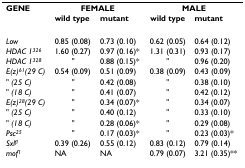
| GENE | <COLSPAN=2> FEMALE | <COLSPAN=2> MALE |
 |  | wild type | mutant | wild type | mutant |
 | --- | --- | --- | --- | --- |
 | Low | 0.85 (0.08) | 0.73 (0.10) | 0.62 (0.05) | 0.64 (0.12) |
 | HDAC 1326 | 1.60 (0.27) | 0.97 (0.16)* | 1.31 (0.31) | 0.93 (0.17) |
 | HDAC 1328 | " | 0.88 (0.15)* | " | 0.96 (0.20) |
 | E(z)61(29 C) | 0.54 (0.09) | 0.51 (0.09) | 0.38 (0.09) | 0.43 (0.09) |
 | " (25 C) | " | 0.42 (0.08) | " | 0.38 (0.10) |
 | " (18 C) | " | 0.41 (0.07) | " | 0.42 (0.12) |
 | E(z)28(29 C) | " | 0.34 (0.07)* | " | 0.34 (0.07) |
 | " (25 C) | " | 0.40 (0.12) | " | 0.33 (0.10) |
 | " (18 C) | " | 0.28 (0.06)* | " | 0.29 (0.08) |
 | Psc25 | " | 0.17 (0.03)* | " | 0.23 (0.03)* |
 | Sxlfl | 0.39 (0.26) | 0.55 (0.12) | 0.83 (0.12) | 0.79 (0.14) |
 | mof1 | NA | NA | 0.79 (0.07) | 3.21 (0.35)** |